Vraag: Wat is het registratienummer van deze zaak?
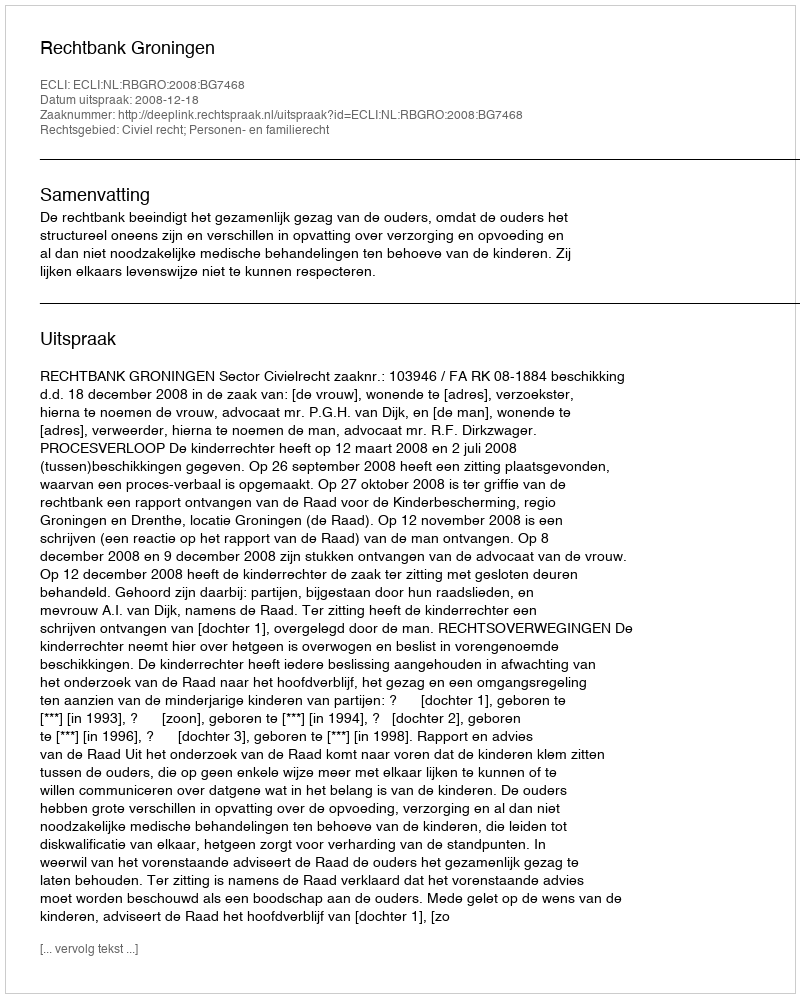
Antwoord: http://deeplink.rechtspraak.nl/uitspraak?id=ECLI:NL:RBGRO:2008:BG7468